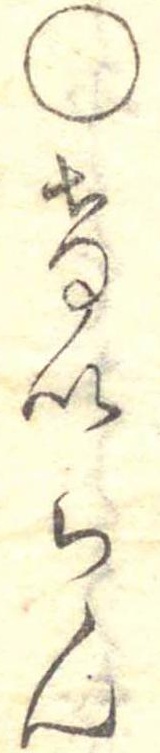
○けいらん